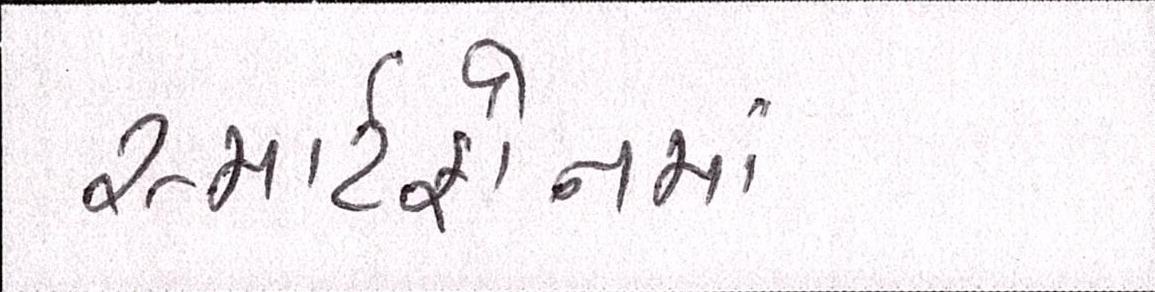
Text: સ્માર્ટફોનમાં